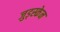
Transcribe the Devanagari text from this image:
जुड्स्केन